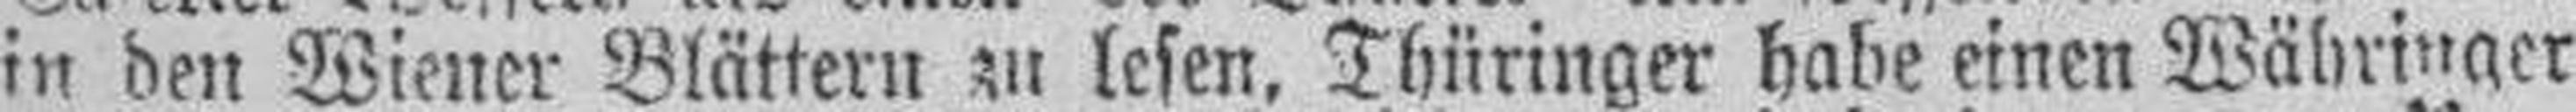
in den Wiener Blättern zu lesen, Thüringer habe einen Währinger